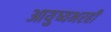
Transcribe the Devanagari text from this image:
आयुष्यभरही